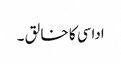
اداسی کا خا لق ۔